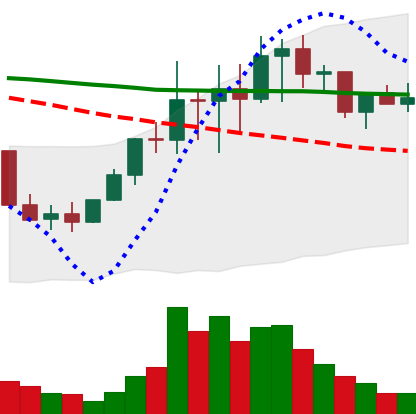
Ticker: LINK-USD
Chart end date: 2022-01-16
Forward return: -31.804%
Label: down_7plus